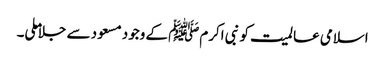
اسلامی عالمیت کو نبی اکرمﷺ کے وجود مسعود سے جلاملی۔